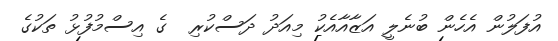
އުފަލުން އެހެން ބުނެލީ އަޒާއާއެކު މިއަދު ދަސްކުރި  ގެ އިސްމުފުޅު ތަކުގެ